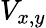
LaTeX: V_{x,y}